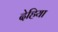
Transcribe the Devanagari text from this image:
देहिया